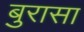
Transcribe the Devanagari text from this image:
बुरासा